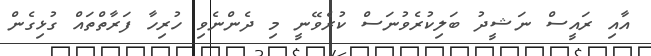
އާއި ރައީސް ނަޝީދު ބަލިކުރެވުނަސް ކުރެވޭނީ މި ދެެންނެވި ހުރިހާ ފަރާތްތައް ގުޅިގެން